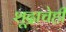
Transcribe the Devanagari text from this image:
शूद्राचेही